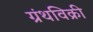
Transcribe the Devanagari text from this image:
ग्रंथविक्री